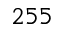
2 5 5